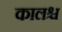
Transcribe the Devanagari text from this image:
कालश्च